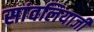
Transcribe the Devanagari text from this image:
सांवलियाजी